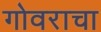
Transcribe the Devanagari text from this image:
गोवराचा